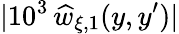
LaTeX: |10^{3}\, \widehat{w}_{\xi,1}(y,y^{\prime})|